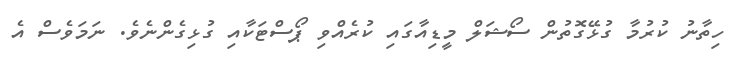
ހިތާނު ކުރުމާ ގުޅޭގޮތުން ސޯޝަލް މީޑިއާގައި ކުރެއްވި ޕޯސްޓަކާއި ގުޅިގެންނެވެ. ނަަމަވެސް އެ